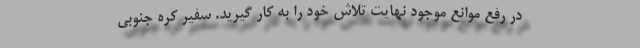
در رفع موانع موجود نهایت تلاش خود را به کار گیرید. سفیر کره جنوبی